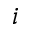
i